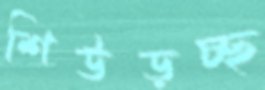
শিউড়চ্ছ